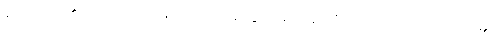
ရုပ္ပဝိညာဉ်၏။ (အယုတ်သဖြင့် ဘင်မျှ အကြွင်းအကျန် မရှိသော ပဌမာရုပ္ပဝိညာဉ်၏။)